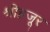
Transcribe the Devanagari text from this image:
श्रीहजूर